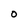
Character: O